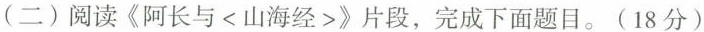
(二)阅读《阿长与<山海经>》片段，完成下面题目。(18分)